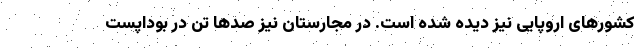
کشورهای اروپایی نیز دیده شده است. در مجارستان نیز صدها تن در بوداپست